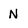
Character: N